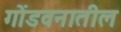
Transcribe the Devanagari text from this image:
गोंडवनातील